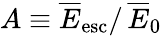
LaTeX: A\equiv\overline{E}_{\mathrm{esc}}/\, \overline{E}_{0}